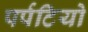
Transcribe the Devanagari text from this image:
पर्पटियो